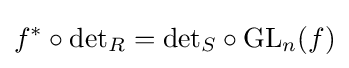
f^{*}\circ {\text{det}}_{R}={\text{det}}_{S}\circ {\text{GL}}_{n}(f)